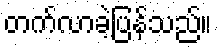
တက်လာခဲ့ပြန်သည်။